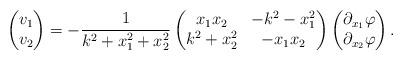
LaTeX: \begin{align*}\begin{pmatrix}v_1 \\v_2\end{pmatrix}=-\frac{1}{k^2+x_1^2+x_2^2}\begin{pmatrix}x_1x_2 & -k^2-x_1^2 \\k^2+x_2^2 & -x_1x_2\end{pmatrix}\begin{pmatrix}\partial_{x_1}\varphi \\\partial_{x_2}\varphi\end{pmatrix}.\end{align*}